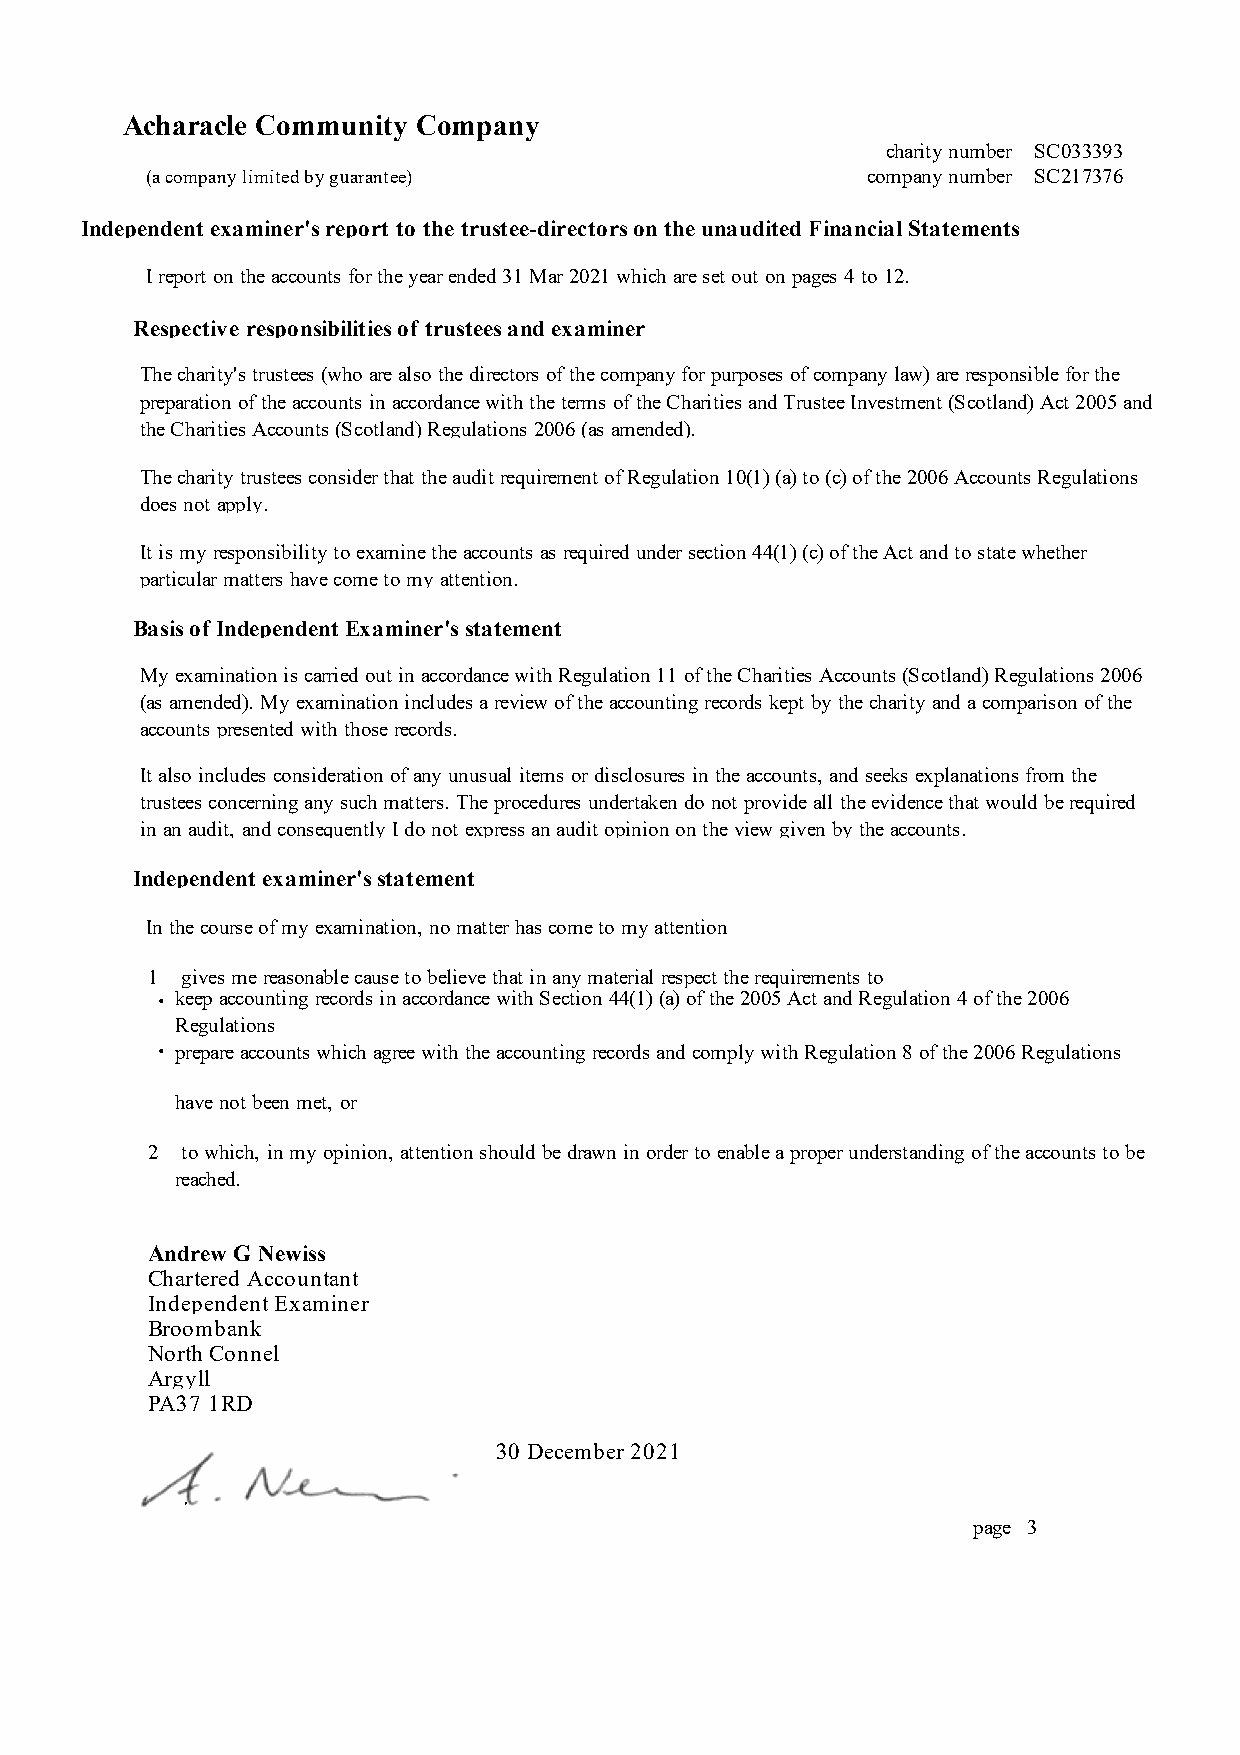
Acharacle Community Company
 charity number SC033393
 (a company limited by guarantee)               company number SC217376
 Independent examiner's report to the trustee-directors on the unaudited Financial Statements
 I report on the accounts for the year ended 31 Mar 2021 which are set out on pages 4 to 12.
 Respective responsibilities of trustees and examiner
 The charity's trustees (who are also the directors of the company for purposes of company law) are responsible for the
 preparation of the accounts in accordance with the terms of the Charities and Trustee Investment (Scotland) Act 2005 and
 the Charities Accounts (Scotland) Regulations 2006 (as amended).
 The charity trustees consider that the audit requirement of Regulation 10(1) (a) to (c) of the 2006 Accounts Regulations
 does not apply.
 It is my responsibility to examine the accounts as required under section 44(1) (c) of the Act and to state whether
 particular matters have come to my attention.
 Basis of Independent Examiner's statement
 My examination is carried out in accordance with Regulation 11 of the Charities Accounts (Scotland) Regulations 2006
 (as amended). My examination includes a review of the accounting records kept by the charity and a comparison of the
 accounts presented with those records.
 It also includes consideration of any unusual items or disclosures in the accounts, and seeks explanations from the
 trustees concerning any such matters. The procedures undertaken do not provide all the evidence that would be required
 in an audit, and consequently I do not express an audit opinion on the view given by the accounts.
 Independent examiner's statement
 In the course of my examination, no matter has come to my attention
 1 gives me reasonable cause to believe that in any material respect the requirements to
 ∙ keep accounting records in accordance with Section 44(1) (a) of the 2005 Act and Regulation 4 of the 2006
 Regulations
 ∙
 prepare accounts which agree with the accounting records and comply with Regulation 8 of the 2006 Regulations
 have not been met, or
 2 to which, in my opinion, attention should be drawn in order to enable a proper understanding of the accounts to be
 reached.
 Andrew G Newiss
 Chartered Accountant
 Independent Examiner
 Broombank
 North Connel
 Argyll
 PA37 1RD
 30 December 2021
 ∙
 page 3